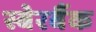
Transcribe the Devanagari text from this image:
स्बेरबैंक